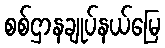
စစ်ဌာနချုပ်နယ်မြေ